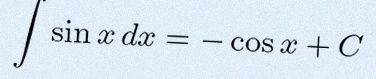
\int \sin x\,dx=-\cos x+C